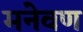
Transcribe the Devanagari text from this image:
मनेवण